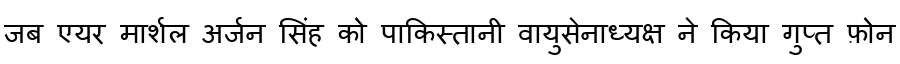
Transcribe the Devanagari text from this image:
जब एयर मार्शल अर्जन सिंह को पाकिस्तानी वायुसेनाध्यक्ष ने किया गुप्त फ़ोन